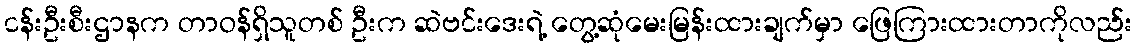
ငန်းဦးစီးဌာနက တာဝန်ရှိသူတစ် ဦးက ဆဲဗင်းဒေးရဲ့ တွေ့ဆုံမေးမြန်းထားချက်မှာ ဖြေကြားထားတာကိုလည်း